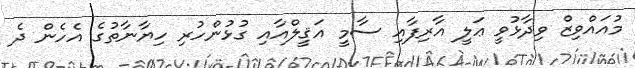
މުއައްވިޒް ވިދާޅުވީ ޢަލީ އާރިފާއި ސާމީ އަޤީލްއާއި ގުޅުންހުރި ހިޔާނާތުގެ އެހެން ދެ